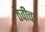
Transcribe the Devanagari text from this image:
ठेवीचा